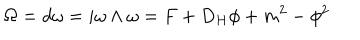
\Omega = d \omega = i \omega \wedge \omega = F + D _ { H } \phi + m ^ { 2 } - \phi ^ { 2 }